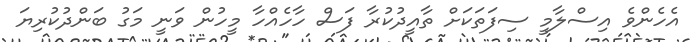
އެހެންވެ އިސްލާމީ ސިފަތަކަށް ތާއީދުކުރާ ފަސް ހާހެއްހާ މީހުން ވަނީ މަގު ބަންދުކުރިޔަ